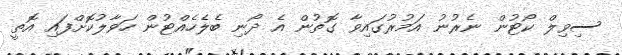
ސިވިލް ކޯޓުން ނެރުނު އަމުރުގައިވާ ގޮތުން އެ ދޯނި ބެލެހެއްޓުން ހަވާލުކޮށްފައި އޮތީ